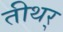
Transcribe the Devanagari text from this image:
तीथर्